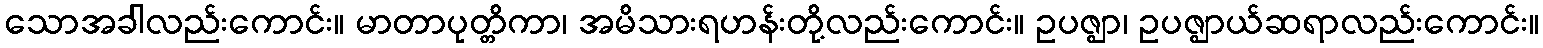
သောအခါလည်းကောင်း။ မာတာပုတ္တိကာ၊ အမိသားရဟန်းတို့လည်းကောင်း။ ဥပဇ္ဈာ၊ ဥပဇ္ဈာယ်ဆရာလည်းကောင်း။